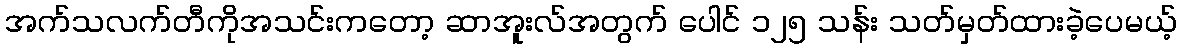
အက်သလက်တီကိုအသင်းကတော့ ဆာအူးလ်အတွက် ပေါင် ၁၂၅ သန်း သတ်မှတ်ထားခဲ့ပေမယ့်